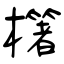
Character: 櫡